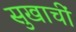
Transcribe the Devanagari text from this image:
सुखाचीं